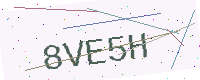
Text: 8VE5H